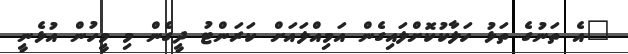
"އެ ތަނުގެ ތަޅު ހަލާކުކޮށްލައިގެން އަމިއްލައަށް ކަރަންޓު ދީގެން މި މީހުން އުޅެނީ